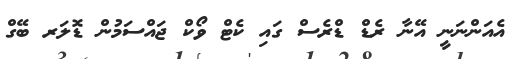
އެއަންނަނީ އޭނާ ރެޑް ޑްރެސް ގައި ކެޓް ވޯކް ޖައްސަމުން ޑޮލަރ ބޭގް